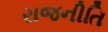
રાજનીતિ